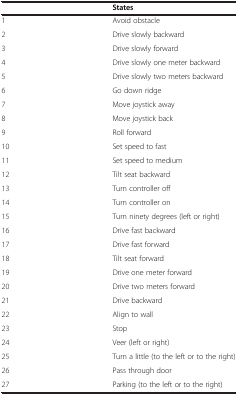
|  | States |
 | --- | --- |
 | 1 | Avoid obstacle |
 | 2 | Drive slowly backward |
 | 3 | Drive slowly forward |
 | 4 | Drive slowly one meter backward |
 | 5 | Drive slowly two meters backward |
 | 6 | Go down ridge |
 | 7 | Move joystick away |
 | 8 | Move joystick back |
 | 9 | Roll forward |
 | 10 | Set speed to fast |
 | 11 | Set speed to medium |
 | 12 | Tilt seat backward |
 | 13 | Turn controller off |
 | 14 | Turn controller on |
 | 15 | Turn ninety degrees (left or right) |
 | 16 | Drive fast backward |
 | 17 | Drive fast forward |
 | 18 | Tilt seat forward |
 | 19 | Drive one meter forward |
 | 20 | Drive two meters forward |
 | 21 | Drive backward |
 | 22 | Align to wall |
 | 23 | Stop |
 | 24 | Veer (left or right) |
 | 25 | Turn a little (to the left or to the right) |
 | 26 | Pass through door |
 | 27 | Parking (to the left or to the right) |